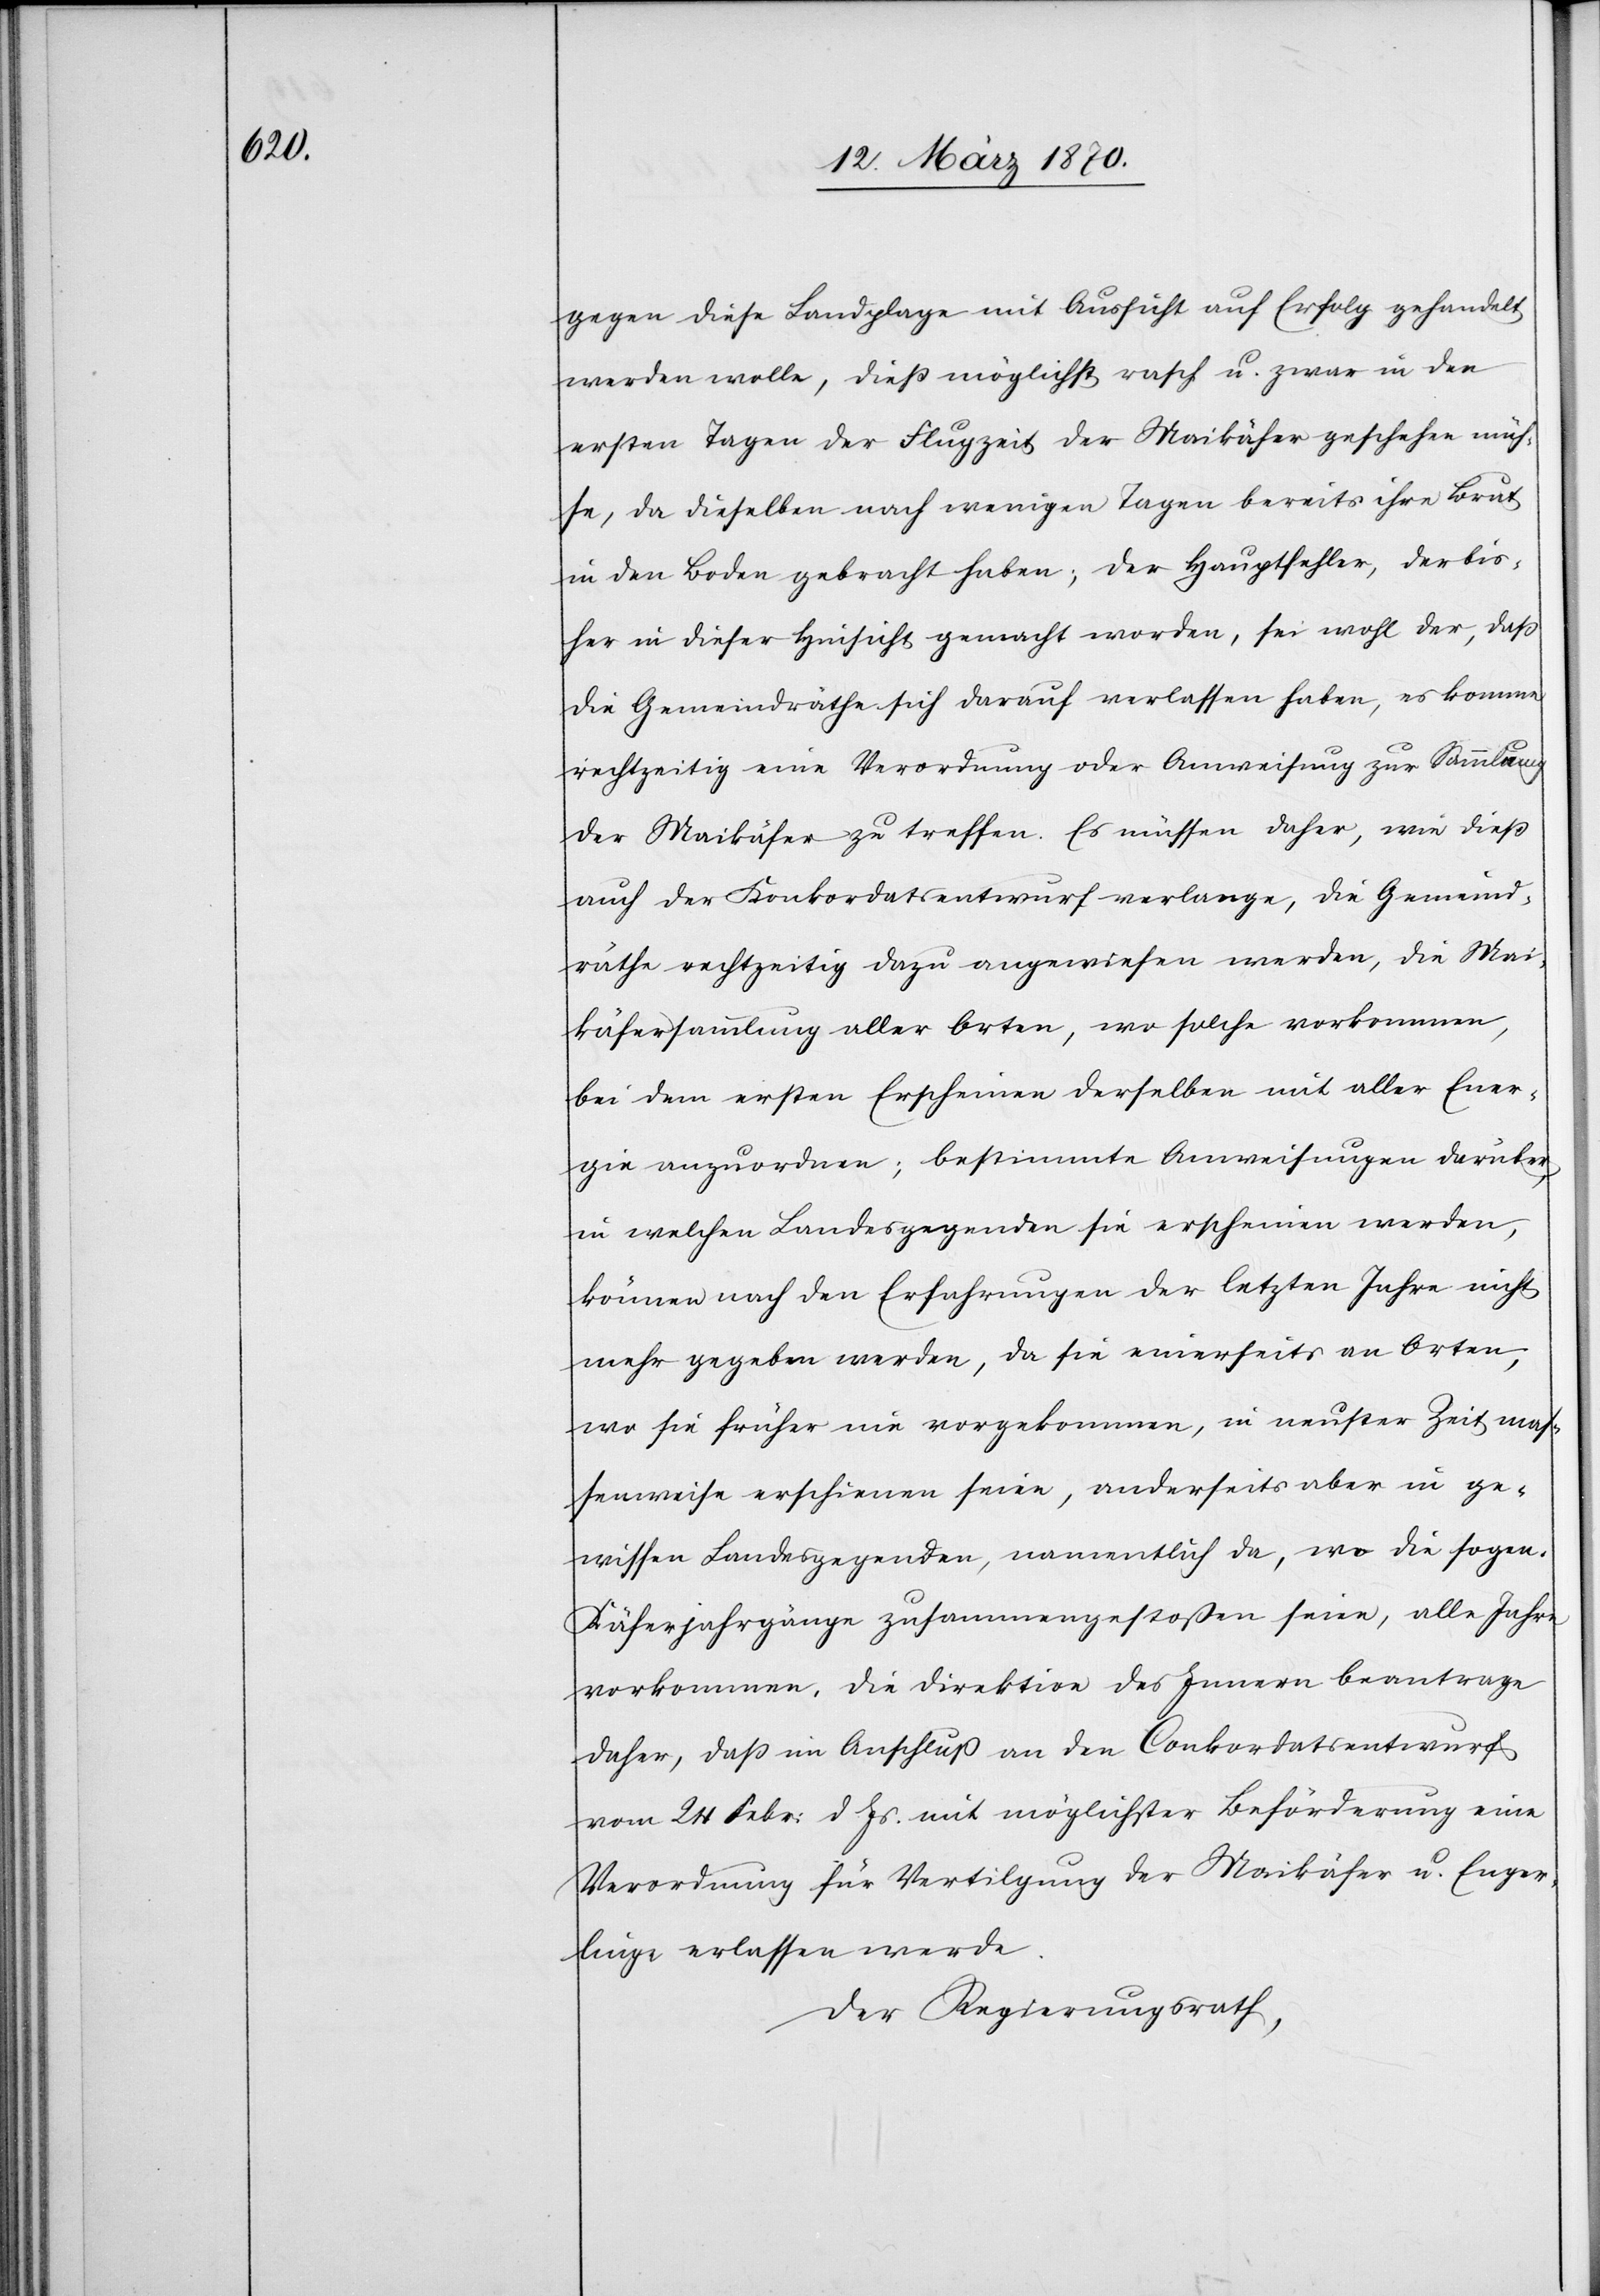
gegen diese Landplage mit Aussicht auf Erfolg gehandelt
werden wolle, dieß möglichst rasch u. zwar in den
ersten Tagen der Flugzeit der Maikäfer geschehen müs¬
se, da dieselben nach wenigen Tagen bereits ihre Brut
in den Boden gebracht haben; der Hauptfehler, der bis¬
her in dieser Hinsicht gemacht worden, sei wohl der, daß
die Gemeindräthe sich darauf verlassen haben, es komme
rechtzeitig eine Verordnung oder Anweisung zur Sammlung
der Maikäfer zu treffen [sic!]. Es müssen daher, wie dieß
auch der Konkordatsentwurf verlange, die Gemeind¬
räthe rechtzeitig dazu angewiesen werden, die Mai¬
käfersammlung aller Orten, wo solche vorkommen,
bei dem ersten Erscheinen derselben mit aller Ener¬
gie anzuordnen; bestimmte Anweisungen darüber,
in welchen Landesgegenden sie erscheinen werden,
können nach den Erfahrungen der letzten Jahre nicht
mehr gegeben werden, da sie einerseits an Orten,
wo sie früher nie vorgekommen, in neuster Zeit mas¬
senweise erschienen seien, anderseits aber in ge¬
wissen Landesgegenden, namentlich da, wo die sogen.
Käferjahrgänge zusammengestoßen seien, alle Jahre
vorkommen. Die Direktion des Innern beantrage
daher, daß im Anschluß an den Conkordatsentwurf
vom 24 Febr. d. Js. mit möglichster Beförderung eine
Verordnung für Vertilgung der Maikäfer u. Enger¬
linge erlassen werde.
Der Regierungsrath,